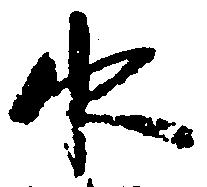
水